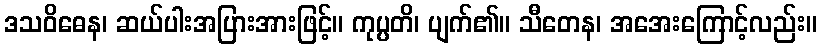
ဒသဝိဓေန၊ ဆယ်ပါးအပြားအားဖြင့်။ ကုပ္ပတိ၊ ပျက်၏။ သီတေန၊ အအေးကြောင့်လည်း။